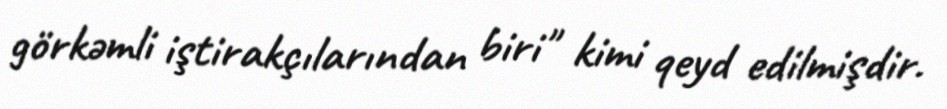
görkəmli iştirakçılarından biri" kimi qeyd edilmişdir.